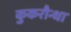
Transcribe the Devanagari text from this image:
कुकरौन्धा